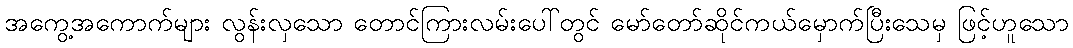
အကွေ့အကောက်များ လွန်းလှသော တောင်ကြားလမ်းပေါ်တွင် မော်တော်ဆိုင်ကယ်မှောက်ပြီးသေမှ ဖြင့်ဟူသော